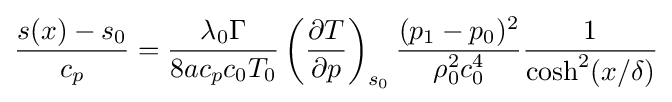
{\frac {s(x)-s_{0}}{c_{p}}}={\frac {\lambda _{0}\Gamma }{8ac_{p}c_{0}T_{0}}}\left({\frac {\partial T}{\partial p}}\right)_{s_{0}}{\frac {(p_{1}-p_{0})^{2}}{\rho _{0}^{2}c_{0}^{4}}}{\frac {1}{\cosh ^{2}(x/\delta )}}